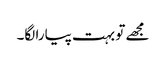
مجھے تو بہت پیارا لگا۔